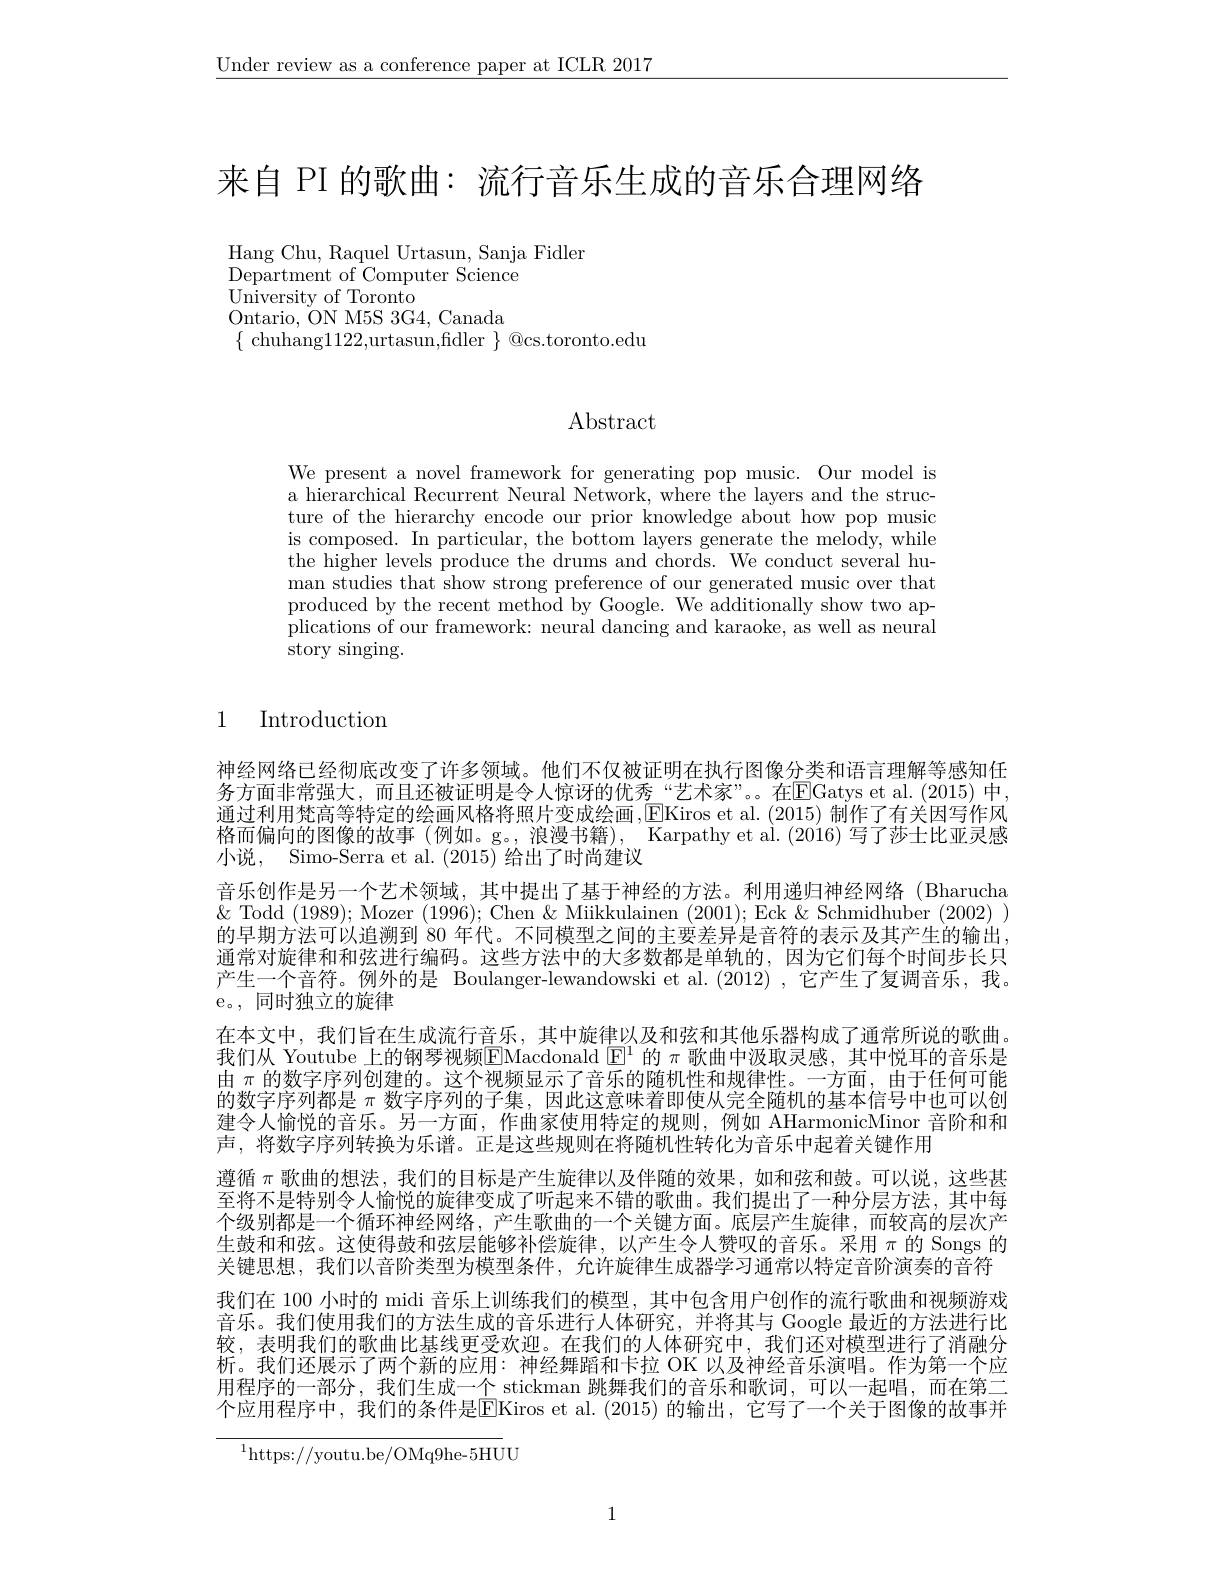
$\underline{\text{Under review as a conference paper at ICLR 2017}}$

来自 PI 的歌曲：流行音乐生成的音乐合理网络

Hang Chu, Raquel Urtasun, Sanja Fidler
Department of Computer Science
University of Toronto
Ontario, ON M5S 3G4, Canada
$\{$ chuhang1122,urtasun,fidler $\}$ @cs.toronto.edu

$\operatorname{Abstract}$

We present a novel framework for generating pop music. Our model is a hierarchical Recurrent Neural Network, where the layers and the structure of the hierarchy encode our prior knowledge about how pop music is composed. In particular, the bottom layers generate the melody, while the higher levels produce the drums and chords. We conduct several human studies that show strong preference of our generated music over that produced by the recent method by Google. We additionally show two applications of our framework: neural dancing and karaoke, as well as neural story singing.

## 1 Introduction

神经网络已经彻底改变了许多领域。他们不仅被证明在执行图像分类和语言理解等感知任务方面非常强大，而且还被证明是令人惊讶的优秀“艺术家”。在$\overline{\mathrm{E}}$Gatys et al.(2015)中， 通过利用梵高等特定的绘画风格将照片变成绘画，EKiros et al. ( 2015) 制作了有关因写作风格而偏向的图像的故事 (例如。g。, 浪漫书籍), Karpathy et al. (2016)写了莎士比亚灵感小说，Simo-Serra et al. (2015)给出了时尚建议
音乐创作是另一个艺术领域，其中提出了基于神经的方法。利用递归神经网络(Bharucha $\&$ Todd (1989); Mozer (1996); Chen &Miikkulainen (2001); Eck &Schmidhuber (2002)) 的早期方法可以追溯到 80 年代。不同模型之间的主要差异是音符的表示及其产生的输出， 通常对旋律和和弦进行编码。这些方法中的大多数都是单轨的，因为它们每个时间步长只产生一个音符。例外的是 Boulanger-lewandowski et al.(2012),它产生了复调音乐，我。e。, 同时独立的旋律
在本文中，我们旨在生成流行音乐，其中旋律以及和弦和其他乐器构成了通常所说的歌曲。我们从 Youtube 上的钢琴视频EMacdonald $\operatorname{E}^1$的$\pi$歌曲中汲取灵感，其中悦耳的音乐是由$\pi$的数字序列创建的。这个视频显示了音乐的随机性和规律性。一方面，由于任何可能的数字序列都是$\pi$数字序列的子集，因此这意味着即使从完全随机的基本信号中也可以创建令人愉悦的音乐。另一方面，作曲家使用特定的规则，例如 AHarmonicMinor 音阶和和声，将数字序列转换为乐谱。正是这些规则在将随机性转化为音乐中起着关键作用
遵循$\pi$歌曲的想法，我们的目标是产生旋律以及伴随的效果，如和弦和鼓。可以说，这些甚至将不是特别令人愉悦的旋律变成了听起来不错的歌曲。我们提出了一种分层方法，其中每个级别都是一个循环神经网络，产生歌曲的一个关键方面。底层产生旋律，而较高的层次产生鼓和和弦。这使得鼓和弦层能够补偿旋律，以产生令人赞叹的音乐。采用$\pi$ 的 Songs 的关键思想，我们以音阶类型为模型条件，允许旋律生成器学习通常以特定音阶演奏的音符我们在 100 小时的 midi 音乐上训练我们的模型，其中包含用户创作的流行歌曲和视频游戏音乐。我们使用我们的方法生成的音乐进行人体研究，并将其与 Google 最近的方法进行比较，表明我们的歌曲比基线更受欢迎。在我们的人体研究中，我们还对模型进行了消融分析。我们还展示了两个新的应用：神经舞蹈和卡拉 OK 以及神经音乐演唱。作为第一个应用程序的一部分，我们生成一个 stickman 跳舞我们的音乐和歌词，可以一起唱，而在第二个应用程序中，我们的条件是$\overline{\text{E}}$Kiros et al.(2015)的输出，它写了一个关于图像的故事并

$^{1}$https://youtu.be/OMq9he-5HUU

1